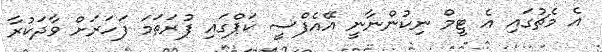
އެ މެޗުގައި އެ ޓީމް ނިކުންނާނީ އޭއެފްސީ ކަޕްގައި ފުރަތަމަ ފަހަރަށް ވާދަކުރާ